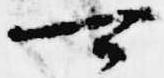
可